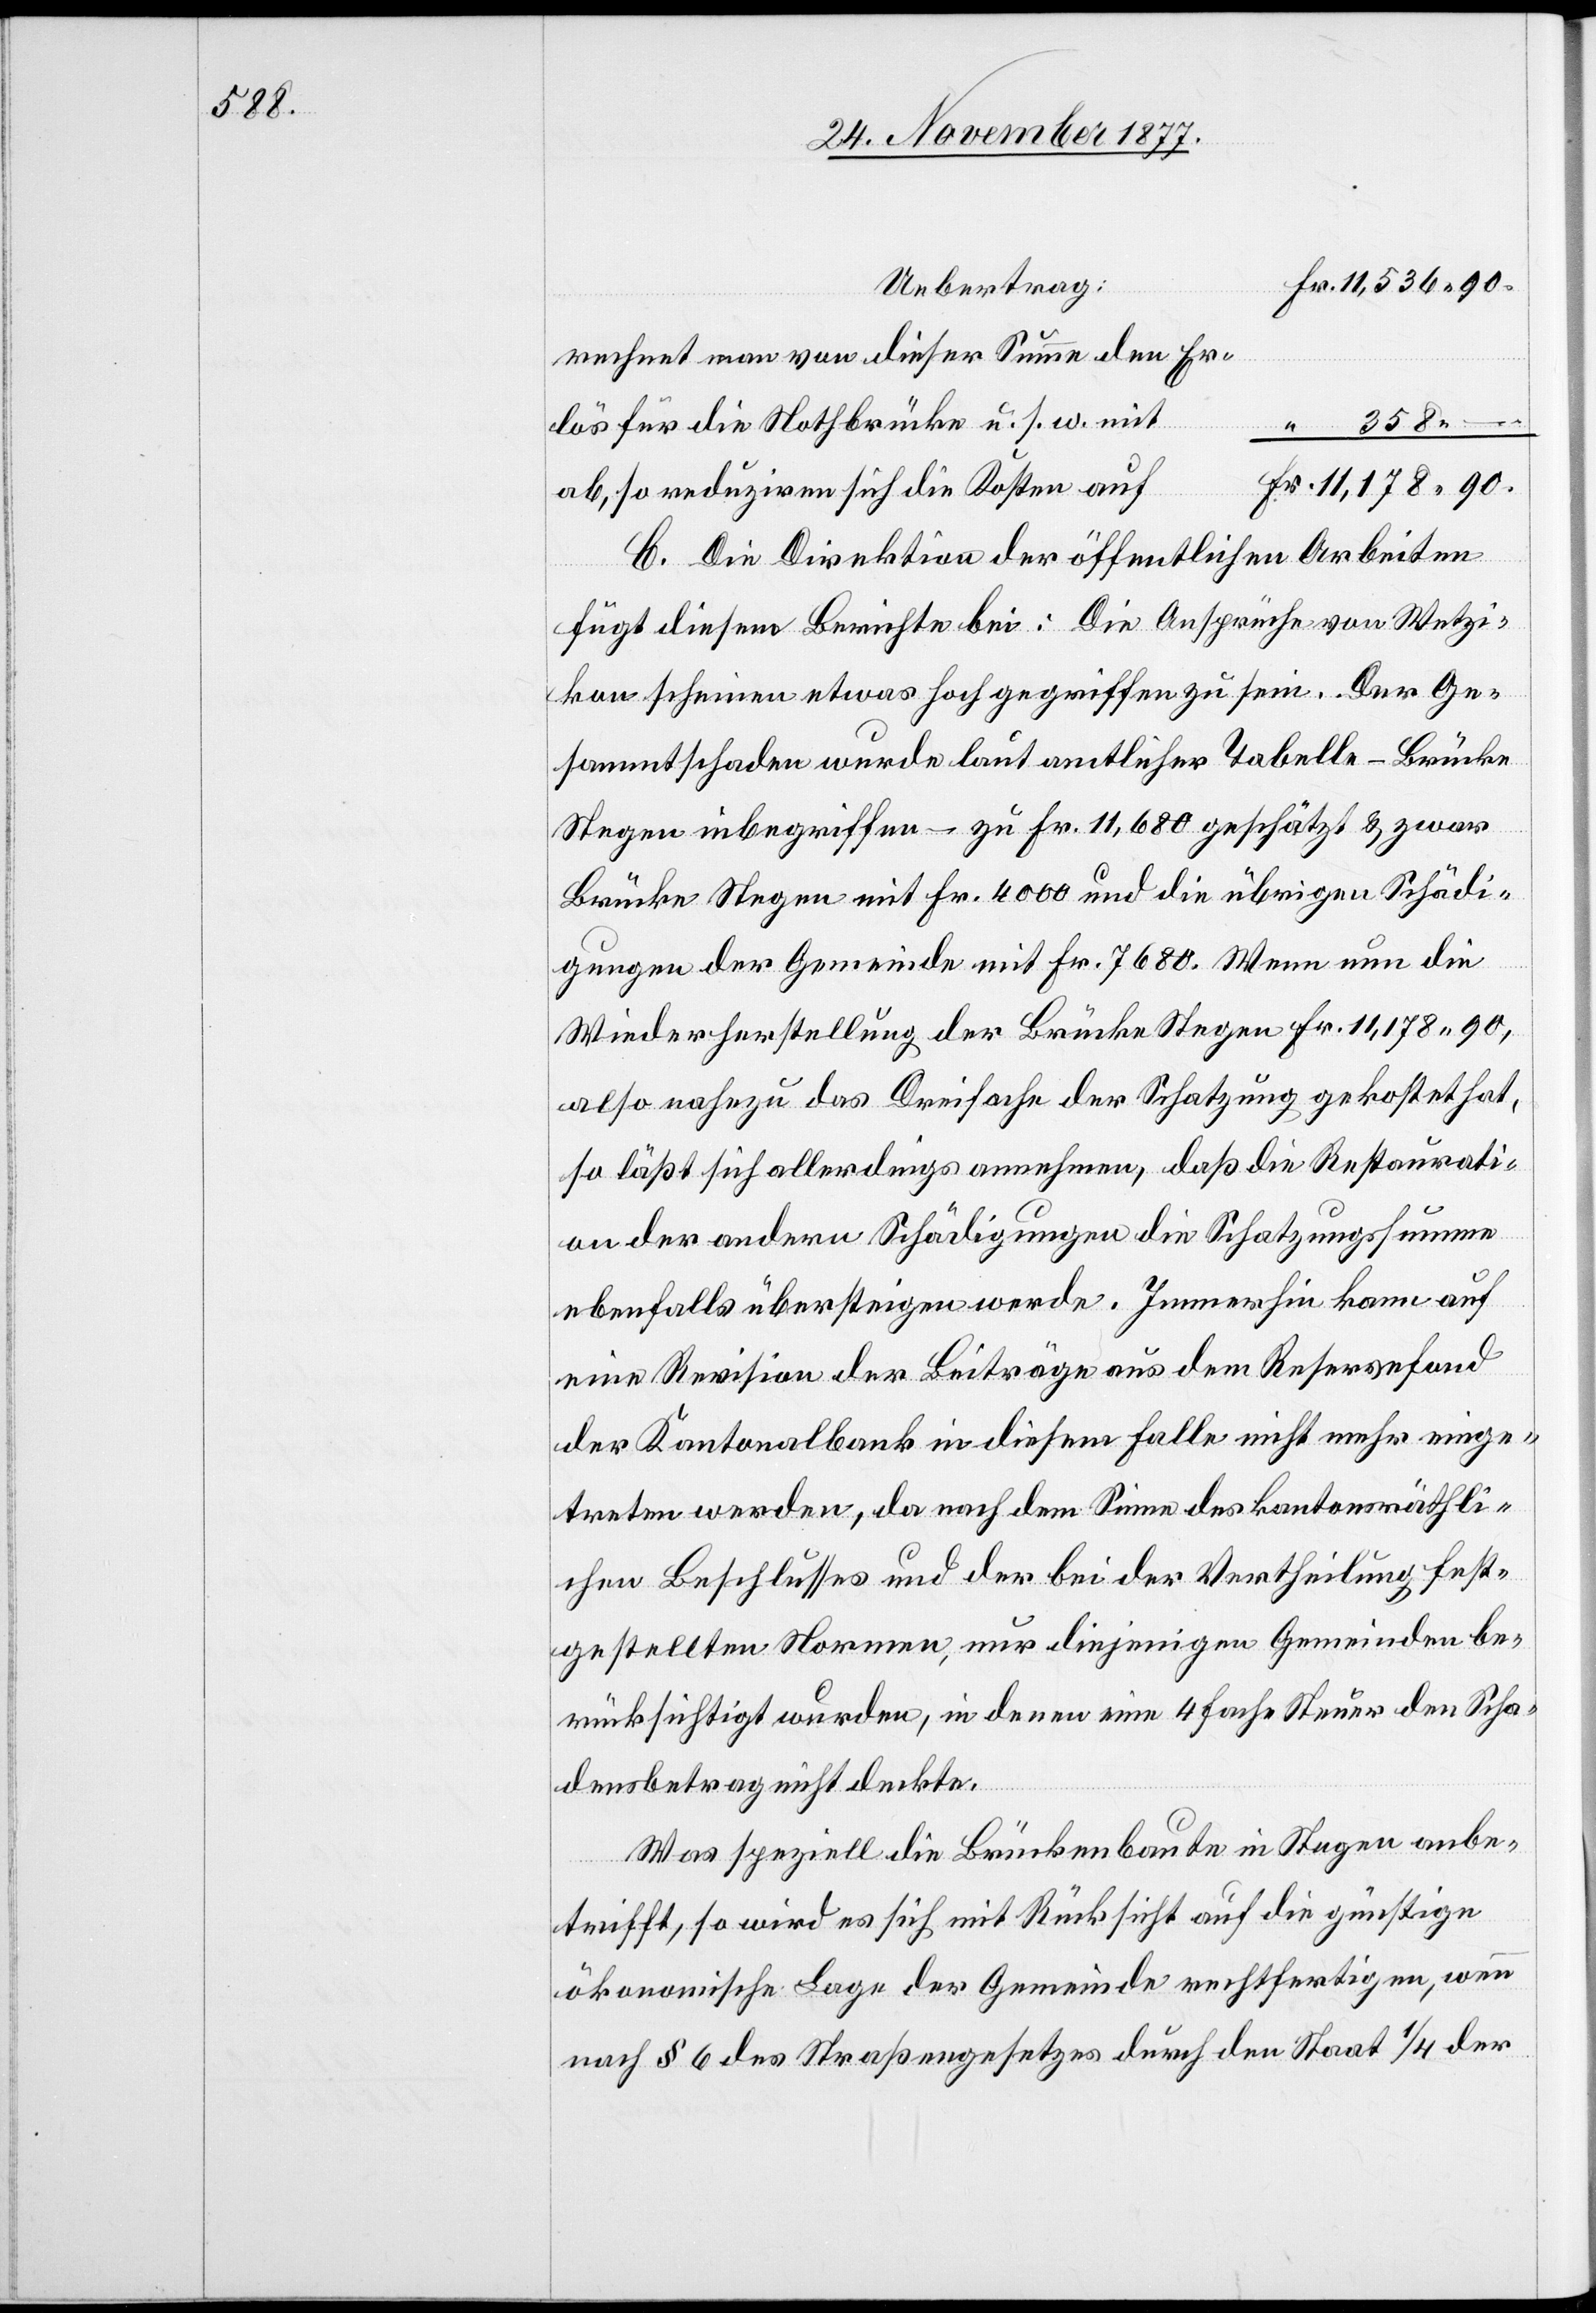
Fr. 11,536 90
Uebertrag:
rechnet man von dieser Summe den Er¬
lös für die Nothbrücke u. s. w. mit
“ 358 –
Fr. 11,178 90.
ab, so reduziren sich die Kosten auf
C. Die Direktion der öffentlichen Arbeiten
fügt diesem Berichte bei: Die Ansprüche von Wetzi¬
kon scheinen etwas hoch gegriffen zu sein. Der Ge¬
sammtschaden wurde laut amtlicher Tabelle – Brücke
Stegen inbegriffen – zu Fr. 11,680 geschätzt & zwar
Brücke Stegen mit Fr. 4000 und die übrigen Schädi¬
gungen der Gemeinde mit Fr. 7680. Wenn nun die
Wiederherstellung der Brücke Stegen Fr. 11,178 90,
also nahezu das Dreifache der Schatzung gekostet hat,
so läßt sich allerdings annehmen, daß die Restaurati¬
on der andern Schädigungen die Schatzungssumme
ebenfalls übersteigen werde. Immerhin kann auf
eine Revision der Beiträge aus dem Reservefond
der Kantonalbank in diesem Falle nicht mehr einge¬
treten werden, da nach dem Sinne des kantonsräthli¬
chen Beschlusses und der bei der Vertheilung fest¬
gestellten Normen, nur diejenigen Gemeinden be¬
rücksichtigt wurden, in denen eine 4 fache Steuer den Scha¬
densbetrag nicht deckte.
Was speziell die Brückenbaute in Stegen anbe¬
trifft, so wird es sich mit Rücksicht auf die günstige
ökonomische Lage der Gemeinde rechtfertigen, wenn
nach § 6 des Straßengesetzes durch den Staat 1/4 der